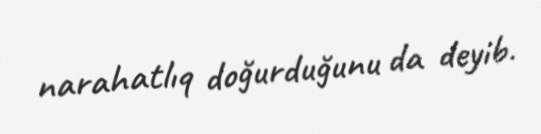
narahatlıq doğurduğunu da deyib.